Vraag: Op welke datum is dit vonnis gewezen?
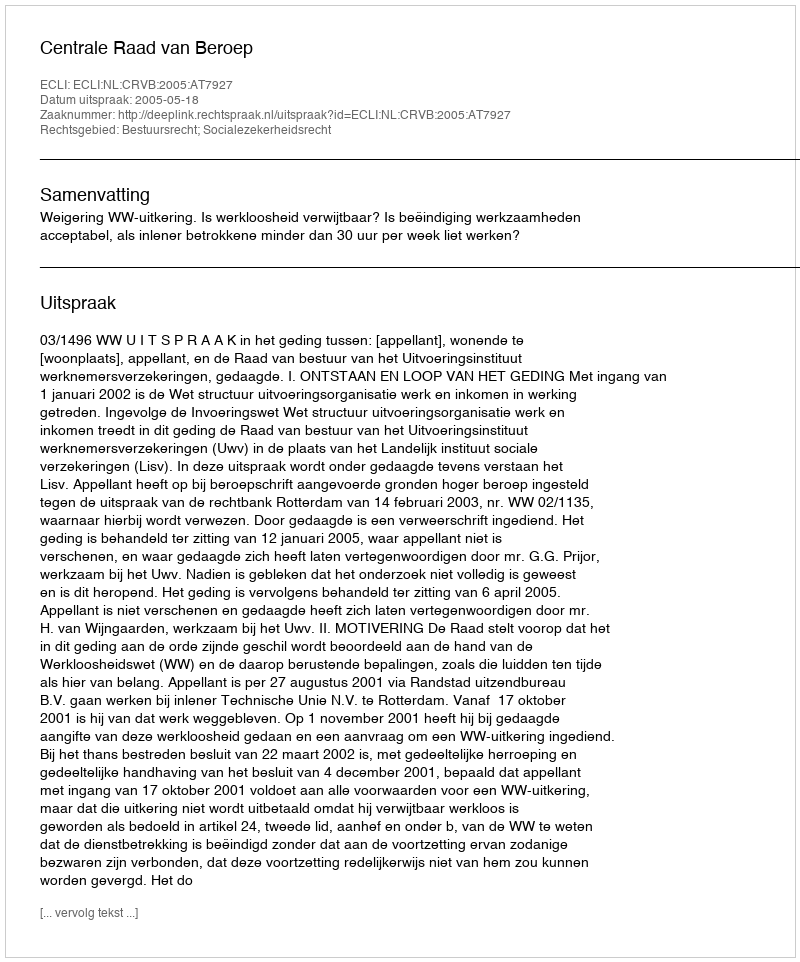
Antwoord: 2005-05-18